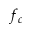
f _ { c }